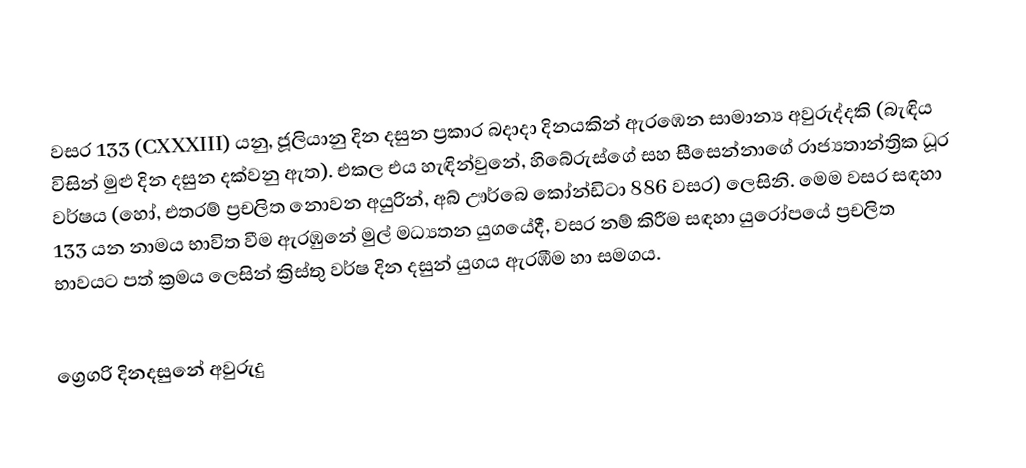

වසර 133 (CXXXIII) යනු,  ජූලියානු දින දසුන ප්‍රකාර   බදාදා දිනයකින් ඇරඹෙන සාමාන්‍ය අවුරුද්දකි  (බැඳිය විසින් මුළු දින දසුන දක්වනු ඇත). එකල එය හැඳින්වුනේ, හිබේරුස්ගේ සහ සීසෙන්නාගේ රාජ්‍යතාන්ත්‍රික  ධූර වර්ෂය (හෝ, එතරම් ප්‍රචලිත නොවන අයුරින්,  අබ් ඌර්බෙ කෝන්ඩිටා  886 වසර) ලෙසිනි.  මෙම වසර සඳහා 133 යන නාමය භාවිත වීම ඇරඹුනේ මුල් මධ්‍යතන යුගයේදී, වසර නම් කිරීම සඳහා යුරෝපයේ ප්‍රචලිත භාවයට පත් ක්‍රමය ලෙසින් ක්‍රිස්තු වර්ෂ දින දසුන් යුගය ඇරඹීම හා සමගය.

ග්‍රෙගරි දිනදසුනේ අවුරුදු